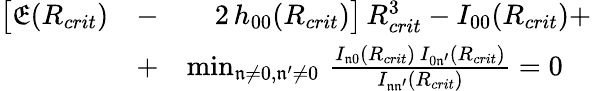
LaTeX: \begin{array}{rlr}{\big[\mathfrak{E}(R_{crit})}&{-}&{2\, h_{00}(R_{crit})\big]\, R_{crit}^{3}-I_{00}(R_{crit})+}\\ &{+}&{\operatorname*{min}_{\mathfrak{n}\ne 0,\mathfrak{n^{\prime}}\ne 0}\, \frac{I_{\mathfrak{n}0}(R_{crit})\, I_{0\mathfrak{n^{\prime}}}(R_{crit})}{I_{\mathfrak{n}\mathfrak{n^{\prime}}}(R_{crit})}=0\quad}\end{array}